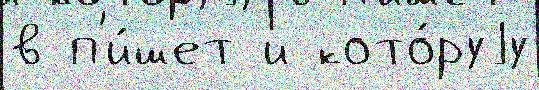
в п'и́шет и кото́руjу